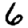
Digit: 6